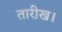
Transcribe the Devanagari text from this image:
तारीख।